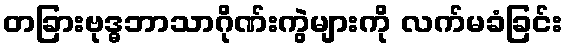
တခြားဗုဒ္ဓဘာသာဂိုဏ်းကွဲများကို လက်မခံခြင်း